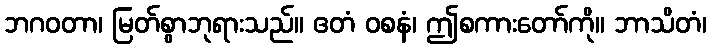
ဘဂဝတာ၊ မြတ်စွာဘုရားသည်။ ဧတံ ဝစနံ၊ ဤစကားတော်ကို။ ဘာသိတံ၊